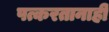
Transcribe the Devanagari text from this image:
पत्करतानाही